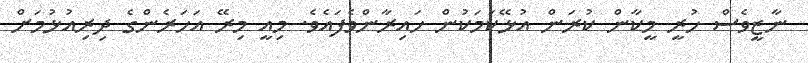
ނާޒީވެސް ހުރީ މީކާން ކުރަން އުޅޭކަމަކުން ހައިރާންވެފައެވެ. މިއީ މިރޭ އަހަރެންގެ ދިރިއުޅުމަށް